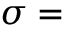
{ \boldsymbol { \sigma } } =